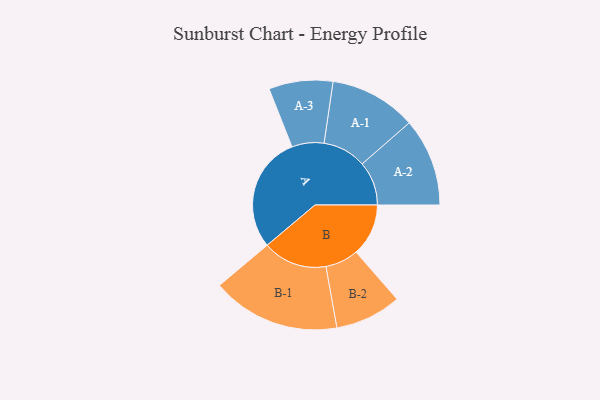
{"axis": {"x": "Segment", "y": "Value"}, "legend": ["", "A", "B"], "data": [{"x": "A", "y": 417, "type": ""}, {"x": "B", "y": 188, "type": ""}, {"x": "A-1", "y": 156, "type": "A"}, {"x": "A-2", "y": 158, "type": "A"}, {"x": "A-3", "y": 115, "type": "A"}, {"x": "B-1", "y": 231, "type": "B"}, {"x": "B-2", "y": 119, "type": "B"}]}